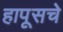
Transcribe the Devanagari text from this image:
हापूसचे